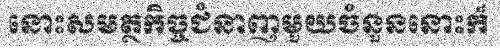
នោះសមត្ថកិច្ចជំនាញមួយចំនួននោះក៏